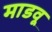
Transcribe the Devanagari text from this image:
माडवू